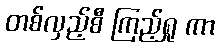
တစ်လှည့်စီ ကြည့်ရှု ကာ